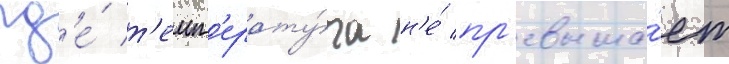
гд'е́ т'емп'ерату́ра н'е́ пр'евыша́ет